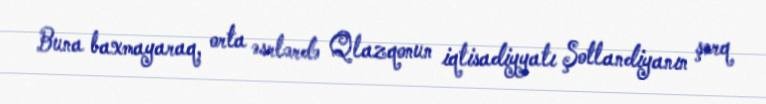
Buna baxmayaraq, orta əsrlərdə Qlazqonun iqtisadiyyatı Şotlandiyanın şərq